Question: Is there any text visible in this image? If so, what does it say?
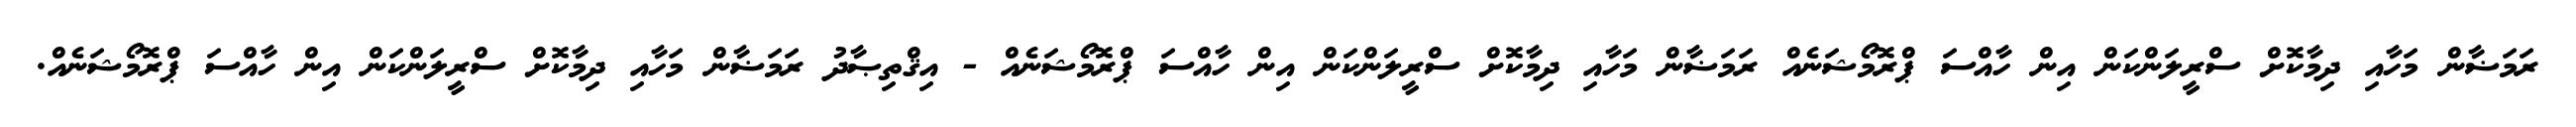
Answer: ރަމަޟާން މަހާއި ދިމާކޮށް ސްރީލަންކަން އިން ހާއްސަ ޕްރޮމޯޝަނެއް ރަމަޟާން މަހާއި ދިމާކޮށް ސްރީލަންކަން އިން ހާއްސަ ޕްރޮމޯޝަނެއް - އިޤްތިޞާދު ރަމަޟާން މަހާއި ދިމާކޮށް ސްރީލަންކަން އިން ހާއްސަ ޕްރޮމޯޝަނެއް.